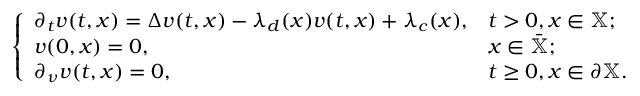
\begin{array} { r } { \left\{ \begin{array} { l l } { \partial _ { t } v ( t , x ) = \Delta v ( t , x ) - \lambda _ { d } ( x ) v ( t , x ) + \lambda _ { c } ( x ) , } & { t > 0 , x \in \mathbb { X } ; } \\ { v ( 0 , x ) = 0 , } & { x \in \bar { \mathbb { X } } ; } \\ { \partial _ { \nu } v ( t , x ) = 0 , } & { t \geq 0 , x \in \partial \mathbb { X } . } \end{array} \right. } \end{array}